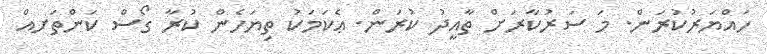
ހައްޔަރުކުރަން. މަ ސަރުކާރަށް ތާއީދު ކުރަން. ޢެކަމަކު ތިޔަހެން ކުރާ ގޯސް ކަންތަށއް